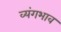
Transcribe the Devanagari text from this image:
व्यंगभाव